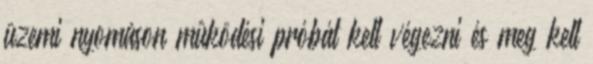
üzemi nyomáson mûködési próbát kell végezni és meg kell